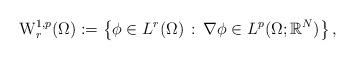
LaTeX: \begin{align*}\mathrm{W}^{1,p}_{r}(\Omega):=\left\{\phi\in L^{r}(\Omega)\,:\, \nabla \phi\in L^p(\Omega;\mathbb{R}^N)\right\},\end{align*}